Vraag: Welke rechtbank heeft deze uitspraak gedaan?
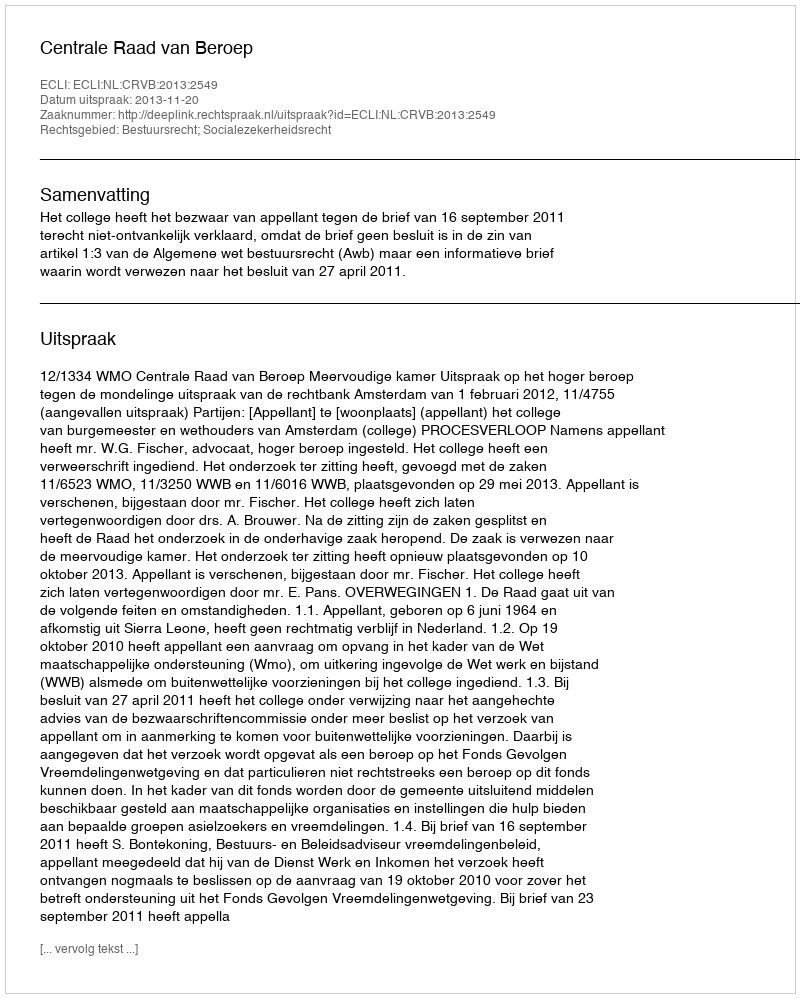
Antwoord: Centrale Raad van Beroep